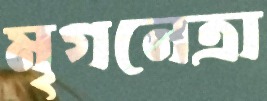
মৃগনেত্রা